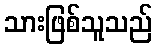
သားဖြစ်သူသည်